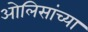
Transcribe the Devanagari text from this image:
ओलिसांच्या